Vaccination in the Punjab 1897-1904 - 1897-1904
Year: 1897
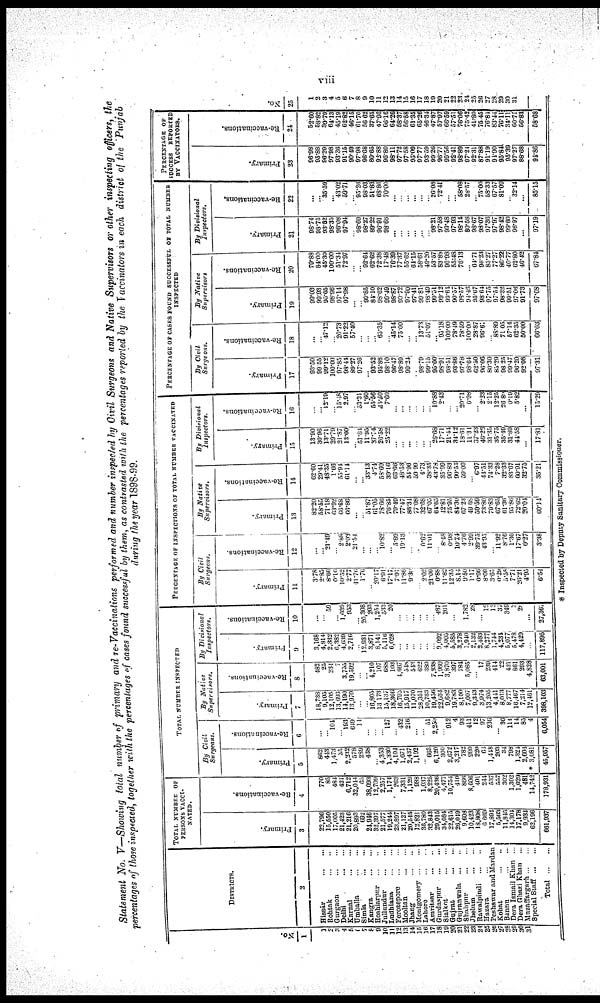
viii
Statement No. V-Showing total number of primary and re-Vaccinations performed and number inspected by Civil Surgeons and Native Supervisors or other inspecting officers, the
percentages of those inspected, together with the percentages of cases found successful by them, as contrasted with the percentages reported by the Vaccinators in each district of the Punjab
during the year 1898-99.
No.
1
1
2 3
4
5
6
7
8
9
10
11
12 13
14 15
16
17
18
19
20
21
22 23 24
25
26
27
28
29
30
31
DISTRICTS.
2
Hissár ... ...
Rohtak ... ...
Gurgaon ... ...
Delhi ... ...
Karnal ... ...
Umballa ... ...
Simla ... ...
Kangra ... ...
Hoshiarpur ... ...
Jullundur ... ...
Ludhiana ... ...
Ferozepore ... ...
Mooltan ... ...
Jhang ... ...
Montgomery ... ...
Lahore ... ...
Amritsar ... ...
Gurdaspur ... ...
Sialkot ... ...
Gujrat ... ...
Gujranwala ... ...
Shahpur ... ...
Jhelum ... ...
Rawalpindi ... ...
Hazara ... ...
Peshawar and Mardan
Kohat ... ...
Bannu ... ...
Dera Ismail Khan ...
Dera Gházi Khan ...
Muzaffargarh ... ...
Special Staff
...
...
Total
...
...
TOTAL NUMBER OF
PERSONS VACCI¬
NATED.
Primary.
3
22,796
15,550
17,005
21,423
21,216
20,893
692
24,946
32,397
21,557
19,244
23,897
21,127
20,545
12,821
36,780
32,843
29,015
34,084
22,615
26,049
9,608 10,423
1,808
6,669
17,894
5,563
11,845
14,304
17,178
9,934
62,196
661,937
Re- vaccinations.
4
770
85
484
421
6,712
32,044
65
38,093
12,709
2,257
1,174
263
7,331
1,129
983
1,037
8,225
20,436
4,477
10,754
410
866 8,606
401
244
537
557
302
1,302
1,029
481
14,742
178,931
TOTAL NUMBER INSPECTED.
By Civil
Surgeons.
Primary.
5
862
443
1,473
35
2,232
578
289
438
...
4,353
1,330
4,104
1,671
2,437
1,192
...
663
6,120
300
2,672
3,217
782 990
220
64
1,448
203
34
798
1,324
2,604
* 3,081
45,957
Re-vaccinations.
6
...
.. 104
... 193
649
14
...
...
... 127
... 432
216
...
... 51
2,259
... 912
4
93
411 12
97
236
...
36 114
14
85 4
6,054
By Native
Supervisors.
Primary.
7
18,738
9,105
12,105
13,693
14,190
13,970
...
... 16,805
13,173
15,137
18,366
16,793
15,917
11,070
28,351
10,733
19,456
22,631
9,682
19,783
8,100
7,007 9,343
3,974
13,205
4,441
8,013
8,777
16,467
7,214
12,461
398,103
Re-vaccinations.
8
482
25
234
7
3,755
19,592
...
... 4,210
107
688
103
4,667
548
543
622
389
7,838
1,960
3,870
397
784
5,085
...
17
239
414
22
421
861
293
4,828
63,001
By Divisional
Inspectors.
Primary.
9
3,168
4,814
2,332
6,382
4,639
2,716
... 12,931
3,871
8,141
5,146
6,028
...
... ...
...
...
...
9,092
4,005
5,585
3,278
1,940
2,132
2,483
8,277
1,744
4,234
5,077
5,478
4,429
...
117,895
Re-vaccinations.
10
...
... 59
... 1,039
953
... 20,308
203
1,254
533
20
...
... ...
...
...
... 487
261
...
... 1,782
28
... 12
12
37
349
2
28
...
27,367
PERCENTAGE OF INSPECTIONS OF TOTAL NUMBER VACCINATED.
By Civil
Surgeons.
Primary.
11
3.78
2.85
8.66
0.16
10.52
2.77
44.76
1.76
...
20.17 6.91
17.17
7.91
11.89 9.30
... 2.02
21.09
0.88
11.82
12.35
8.14 9.50
1.17
0.96
8.09 3.65
0.29
5.58
7.71
26.21
4.95
6.54
Re-vaccinations.
12
...
... 21.49
...
2.88 2.03
21.54
...
...
...
10.82
... 5.89
19.13 ...
...
0.62 11.01
... 8.48
0.98
10.74 4.76
2.99
39.75
43.95
... 11.92
8.76
1.36
17.67
0.27
3.38
By Native
Supervisors.
Primary.
13
82.20
58.55
71.18
63.92
66.88 66.86
...
...
51.87
61.05
78.66 76.85
79.49
77.47
86.34
77.08
32.68 67.05
64.65
42.81
75.95
84.30 67.23
49.68
59.59
73.80
79.83 67.65
61.36
95.86
72.62
20.04
60.14
Re-vaccinations.
14
62.60
29.41
48.35
1.66
55.94 64.14
...
...
33.13
4.74
58.60 39.16
63.66
48.53 54.96
59.99
4.73 38.35
43.78
35.99
96.83
90.53 59.09
...
6.97
44.51
74.33 7.28
32.33
83.67
60.91 32.75
35.21
By Divisional
Inspectors.
Primary.
15
13.90
30.96
13.71
29.79
21.87 13.00
... 51.84
11.95
37.74
26.58
25.22
...
...
...
... ...
...
26.68
17.17
21.44
34.12 18.61 11.34
37.23
46.23
31.35 35.75
35.49
31.89
41.58
...
17.81
Re-vaccinations.
16
...
... 12.19
...
15.18
2.97
...
53.31
1.60 55.56
45.40 7.69
...
... ...
...
... ... 10.88
2.43
...
... 20.71
6.98
...
2.23
2.15 12.25
26.89
0.19
5.82
...
15.29
PERCENTAGE OF CASES FOUND SUCCESSFUL OF TOTAL NUMBER
INSPECTED.
By Civil
Surgeons.
Primary.
17
93.50
99.55
99.12
100.00
97.85 98.44
89.27
97.26
...
93.52
95.86 98.10
96.47
98.89
99.24
...
98.79 99.15
95.00
98.91
93.51
93.86 97.78
98.64
62.50
96.06
80.30 85.29
98.25
99.47
96.20
92.08
97.31
Re-vaccinations.
18
...
... 47.12
... 20.73
91.22
57.40
...
...
...
65.35
... 45.14
75.00
...
... 13.73
51.07
... 95.18
100.00
78.49 78.59
100.00
28.87
96.67
... 88.89
71.05
57.14
62.35
50.00
66.03
By Native
Supervisors.
Primary.
19
99.03
99.93
95.65
98.96
97.14
97.98
...
... 99.85
84.10 98.62
99.49
98.87
99.72
97.90
97.41 99.81
98.49
99.51
99.12
99.64
90.57 98.57
94.46
95.67
98.64
97.75 97.54
98.32
99.51
97.06
91.73
97.68
Re-vaccinations.
20
79.88
84.00
45.30
100.00
51.34
72.97
...
...
92.64
62.62 72.38
17.48
76.39
77.37
55.62
64.15
58.61 49.20
53.57
83.88
96.98
55.48 76.13
...
64.71
98.23
85.27 77.27
86.22
40.77
62.80
46.42
67.84
By Divisional
inspectors.
Primary.
21
98.74
98.75
93.52
98.35
96.08
97.94
... 98.69
98.27
89.22
96.91
98.66
...
... ...
...
...
... 98.21
97.58
99.48
97.93 98.14
80.58
98.67
98.07
97.36 97.97
98.42
99.60
96.97
...
97.19
Re-vaccinations.
22
...
... 35.59
... 43.02
59.71
... 95.26
98.03
51.83 68.86
70.00
...
... ...
...
...
... 26.08
72.41
...
... 58.08
28.57
...
75.00
58.33 67.57
81.09
... 32.14
...
85.15
PERCENTAGE OF
SUCCESS REPORTED
BY VACCINATORS.
Primary.
23
96.98
95.88
96.20
97.98
93.36
91.15
90.49
97.98
96.68
80.65
92.88
96.80
98.11
97.72
97.58
95.09
97.77
93.59
99.26
96.77
99.56
92.41
98.89
97.24
92.31
87.88
91.19
94.90
95.84
95.39
97.27
88.68
94.86
Re-vaccinations.
24
52.60
58.82
39.79
64.13
45.19
62.82
46.15
61.70
56.62
37.65
47.96
66.16
64.26
58.37
56.58
61.35
65.26
46.34
47.87
57.97
66.59
57.51
76.06
75.42
41.80
75.45
76.84
83.44
76.11
34.11
60.71
56.83
58.68
No.
25
1
2
3
4
5 6
7
8
9
10
11
12
13
14
15
16
17
18
19
20
21
22 23
24
25
26
27
28
29
30
31
* Inspected by Deputy Sanitary Commissioner.